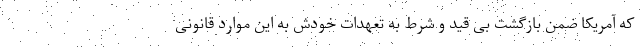
که آمریکا ضمن بازگشت بی قید و شرط به تعهدات خودش به این موارد قانونی